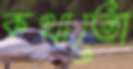
কথাতো